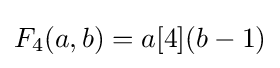
F_{4}(a,b)=a[4](b-1)